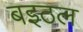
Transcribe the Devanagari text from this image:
बइठल